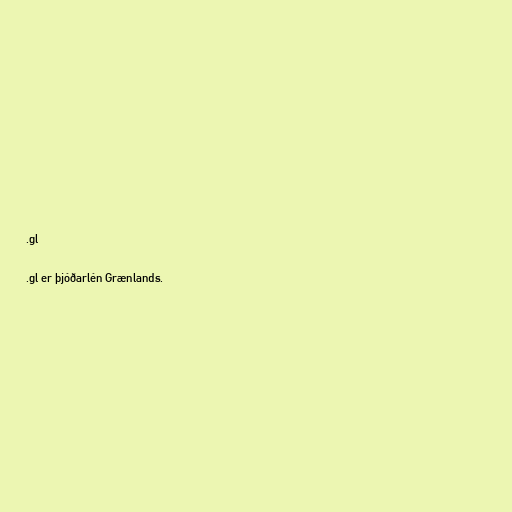
.gl

.gl er þjóðarlén Grænlands.